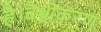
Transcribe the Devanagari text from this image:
है।वैश्वीकरण